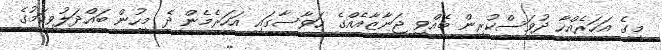
މީގެ އަހަރެއްހާ ދުވަސްކުރިން ބޭއްވި ޖަނާޒާއެއްގެ ހަވާސާގައި އަހަރެމެން ދެ މީހުން ބައްދަލުވިކަމުގެ